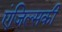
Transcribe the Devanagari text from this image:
एंजिल्सकी